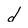
Character: d